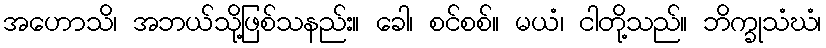
အဟောသိ၊ အဘယ်သို့ဖြစ်သနည်း။ ခေါ၊ စင်စစ်။ မယံ၊ ငါတို့သည်။ ဘိက္ခုသံဃံ၊